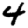
Digit: 4